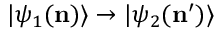
| \psi _ { 1 } ( \mathbf { n } ) \rangle \rightarrow | \psi _ { 2 } ( \mathbf { n } ^ { \prime } ) \rangle